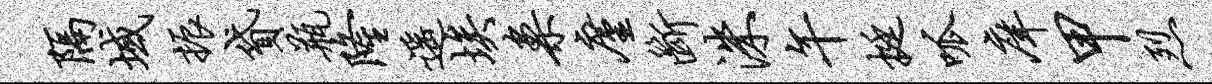
隔域振贷瓶隆遥埃案廑断洙午挺呱庠甲烈